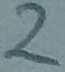
Text: 2